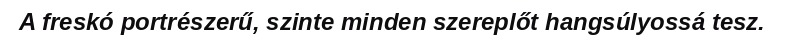
A freskó portrészerű, szinte minden szereplőt hangsúlyossá tesz.